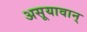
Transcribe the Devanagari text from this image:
असूयावान्